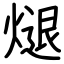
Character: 煺